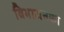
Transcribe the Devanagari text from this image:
विभाजनका